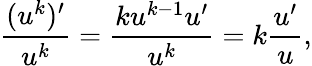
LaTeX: {\frac{(u^{k})^{\prime}}{u^{k}}}={\frac{ku^{k-1}u^{\prime}}{u^{k}}}=k{\frac{u^{\prime}}{u}},